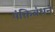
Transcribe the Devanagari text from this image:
पंक्तिबंधन